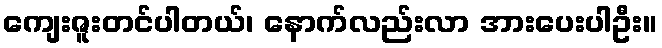
ကျေးဇူးတင်ပါတယ်၊ နောက်လည်းလာ အားပေးပါဦး။